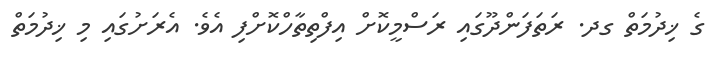
ގެ ޚިދުމަތް ގދ. ރަތަފަންދޫގައި ރަސްމީކޮށް އިފްތިތާހްކޮށްފި އެވެ. އެރަށުގައި މި ޚިދުމަތް